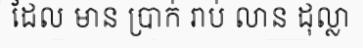
ដែល មាន ប្រាក់ រាប់ លាន ដុល្លា